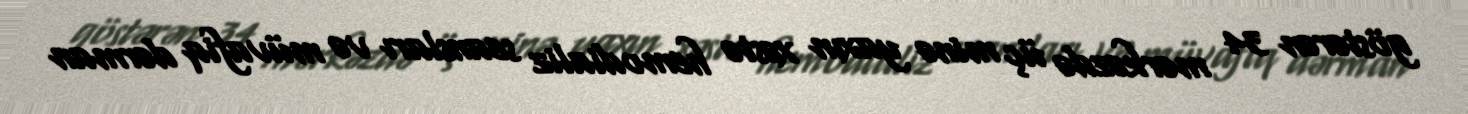
göstərən 34 mərkəzdə üç minə yaxın xəstə hemodializ seansları və müvafiq dərman